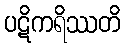
ပဋိကရိဿတိ